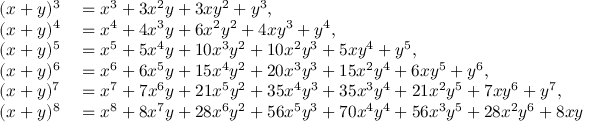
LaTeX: \begin{array} { r l } { ( x + y ) ^ { 3 } } & { { } = x ^ { 3 } + 3 x ^ { 2 } y + 3 x y ^ { 2 } + y ^ { 3 } , } \\ { ( x + y ) ^ { 4 } } & { { } = x ^ { 4 } + 4 x ^ { 3 } y + 6 x ^ { 2 } y ^ { 2 } + 4 x y ^ { 3 } + y ^ { 4 } , } \\ { ( x + y ) ^ { 5 } } & { { } = x ^ { 5 } + 5 x ^ { 4 } y + 1 0 x ^ { 3 } y ^ { 2 } + 1 0 x ^ { 2 } y ^ { 3 } + 5 x y ^ { 4 } + y ^ { 5 } , } \\ { ( x + y ) ^ { 6 } } & { { } = x ^ { 6 } + 6 x ^ { 5 } y + 1 5 x ^ { 4 } y ^ { 2 } + 2 0 x ^ { 3 } y ^ { 3 } + 1 5 x ^ { 2 } y ^ { 4 } + 6 x y ^ { 5 } + y ^ { 6 } , } \\ { ( x + y ) ^ { 7 } } & { { } = x ^ { 7 } + 7 x ^ { 6 } y + 2 1 x ^ { 5 } y ^ { 2 } + 3 5 x ^ { 4 } y ^ { 3 } + 3 5 x ^ { 3 } y ^ { 4 } + 2 1 x ^ { 2 } y ^ { 5 } + 7 x y ^ { 6 } + y ^ { 7 } , } \\ { ( x + y ) ^ { 8 } } & { { } = x ^ { 8 } + 8 x ^ { 7 } y + 2 8 x ^ { 6 } y ^ { 2 } + 5 6 x ^ { 5 } y ^ { 3 } + 7 0 x ^ { 4 } y ^ { 4 } + 5 6 x ^ { 3 } y ^ { 5 } + 2 8 x ^ { 2 } y ^ { 6 } + 8 x y ^ { 7 } + y ^ { 8 } . } \end{array}